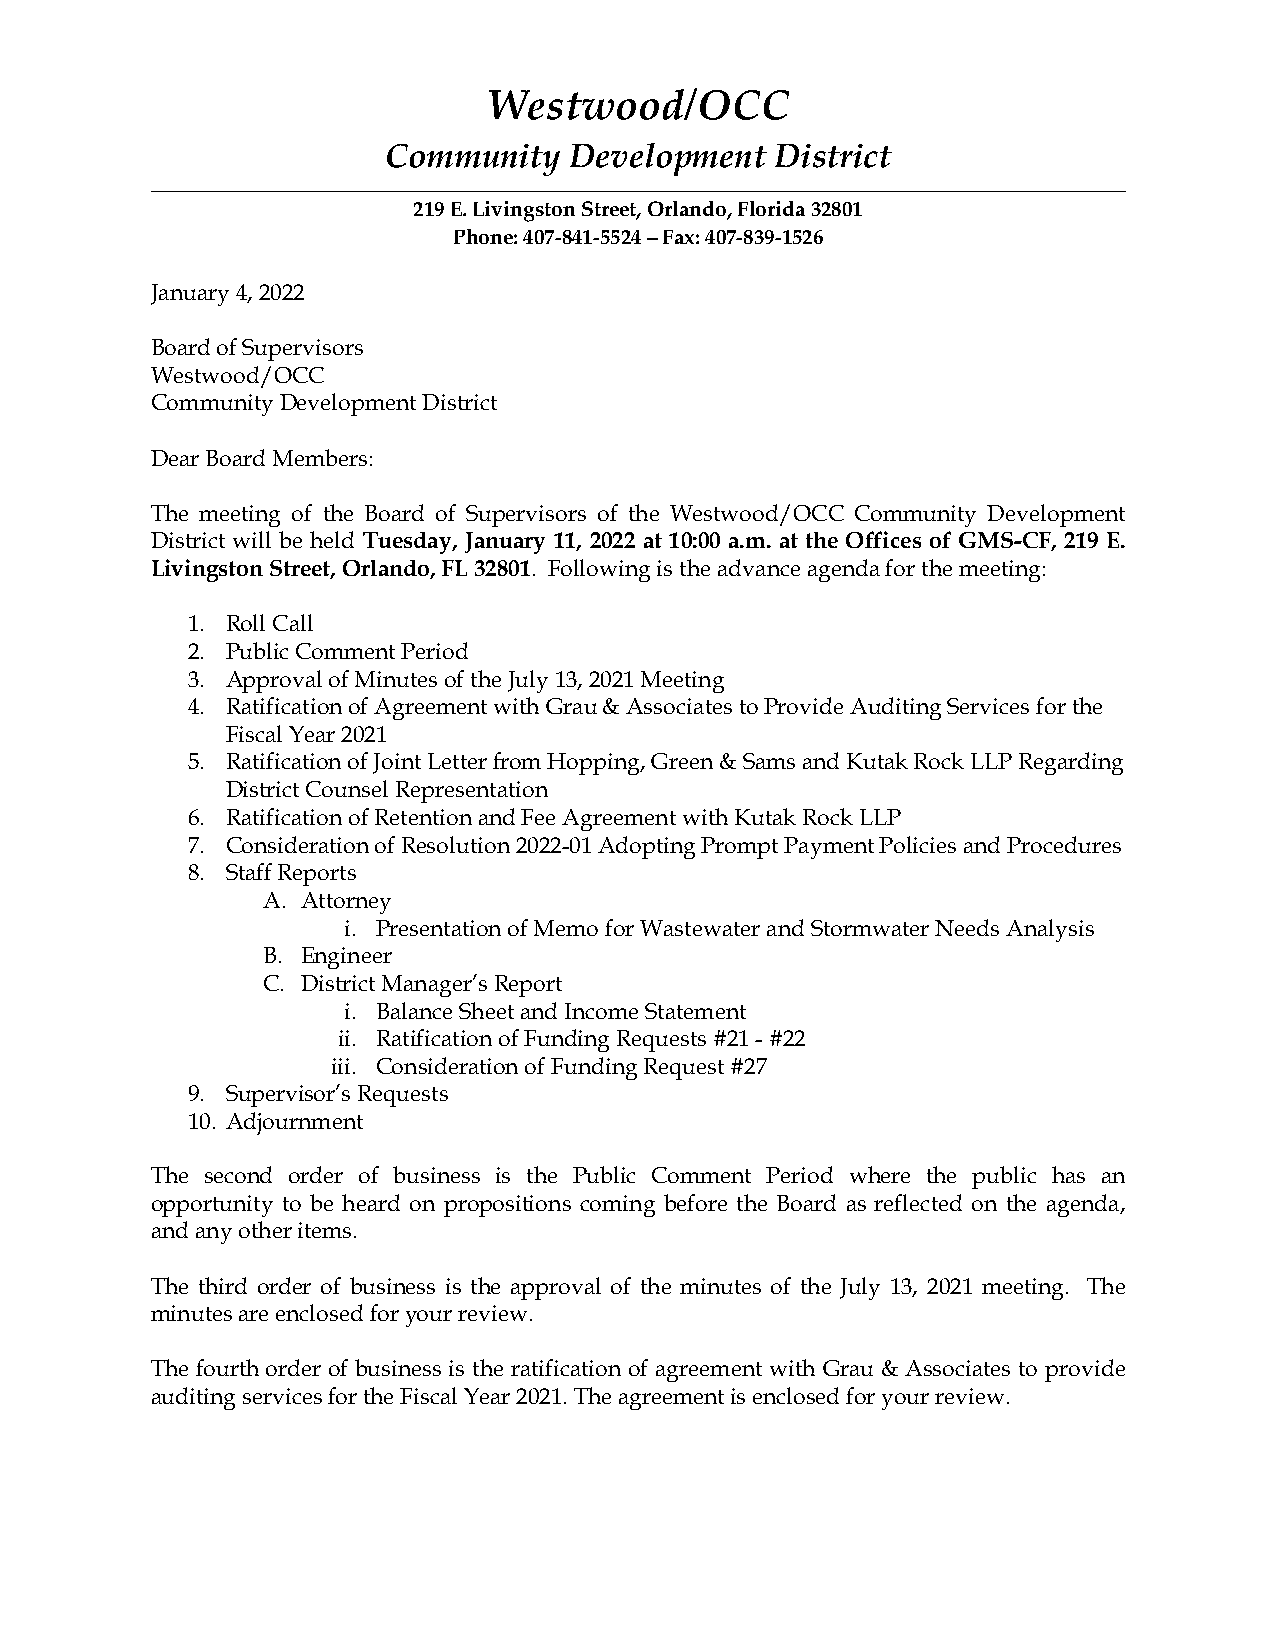
Westwood/OCC
 Community    Development  District
 219 E. Livingston Street, Orlando, Florida 32801
 Phone: 407-841-5524 – Fax: 407-839-1526
 January 4, 2022
 Board of Supervisors
 Westwood/OCC
 Community Development District
 Dear Board Members:
 The meeting of the Board of Supervisors of the Westwood/OCC Community Development
 District will be held Tuesday, January 11, 2022 at 10:00 a.m. at the Offices of GMS-CF, 219 E.
 Livingston Street, Orlando, FL 32801. Following is the advance agenda for the meeting:
 1. Roll Call
 2. Public Comment Period
 3. Approval of Minutes of the July 13, 2021 Meeting
 4. Ratification of Agreement with Grau & Associates to Provide Auditing Services for the
 Fiscal Year 2021
 5. Ratification of Joint Letter from Hopping, Green & Sams and Kutak Rock LLP Regarding
 District Counsel Representation
 6. Ratification of Retention and Fee Agreement with Kutak Rock LLP
 7. Consideration of Resolution 2022-01 Adopting Prompt Payment Policies and Procedures
 8. Staff Reports
 A. Attorney
 i. Presentation of Memo for Wastewater and Stormwater Needs Analysis
 B. Engineer
 C. District Manager’s Report
 i. Balance Sheet and Income Statement
 ii. Ratification of Funding Requests #21 - #22
 iii. Consideration of Funding Request #27
 9. Supervisor’s Requests
 10. Adjournment
 The second order of business is the Public Comment Period where the public has an
 opportunity to be heard on propositions coming before the Board as reflected on the agenda,
 and any other items.
 The third order of business is the approval of the minutes of the July 13, 2021 meeting. The
 minutes are enclosed for your review.
 The fourth order of business is the ratification of agreement with Grau & Associates to provide
 auditing services for the Fiscal Year 2021. The agreement is enclosed for your review.